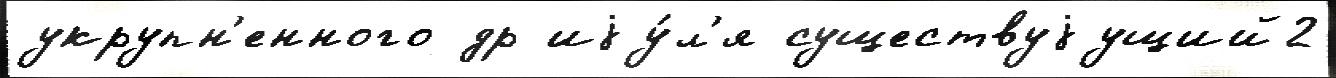
укрупн'енного др иjу́л'я существуjущий2